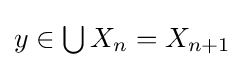
{\textstyle y\in \bigcup X_{n}=X_{n+1}}